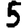
Digit: 5